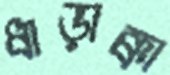
ধাড়াক্কা